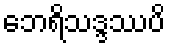
ဘေရိသဒ္ဒဿပိ